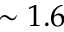
\sim 1 . 6